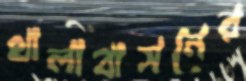
থালাবাসনের